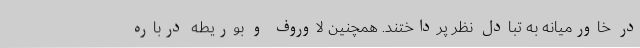
در خاورمیانه به تبادل نظر پرداختند. همچنین لاوروف و بوریطه درباره